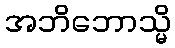
အဘိဘောသ္မိ